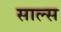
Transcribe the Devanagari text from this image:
साल्स